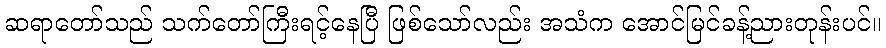
ဆရာတော်သည် သက်တော်ကြီးရင့်နေပြီ ဖြစ်သော်လည်း အသံက အောင်မြင်ခန့်ညားတုန်းပင်။